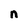
Character: n